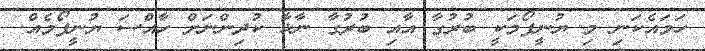
ހަމައެކަނި މި ޔުނީފޯމަކީ ބުރުގާ އާއި ބުރުގާ ނާޅާ ކުދިންނަށް ހާއްސަ ޔުނީފޯމެއް.